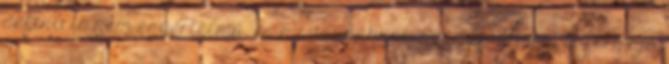
definíció nem egyértelmű, és a szaunáknak számos átmeneti formája